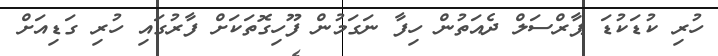
ހުރި ކުޑަކުޑަ ޕާރްސަލް ދެއަތުން ހިފާ ނަގަމުން ފޫހިގޮތަކަށް ފާރުގައި ހުރި ގަޑިއަށް